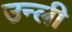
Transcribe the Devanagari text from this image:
उन्ली